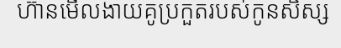
ហ៊ានមើលងាយគូប្រកួតរបស់កូនសិស្ស